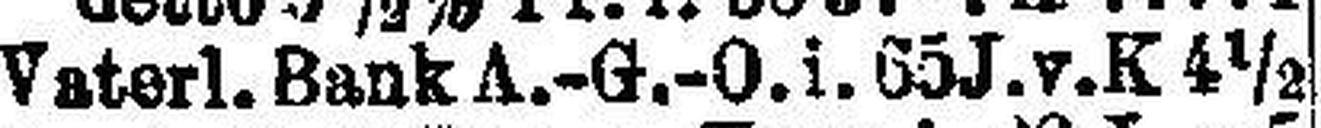
Vaterl. Bank A.-G.-O. i. 65J. v. K 4½